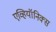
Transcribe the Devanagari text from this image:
एव्हियॉनिक्स